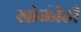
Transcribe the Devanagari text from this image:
खोकीही